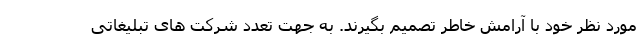
مورد نظر خود با آرامش خاطر تصمیم بگیرند. به جهت تعدد شرکت های تبلیغاتی